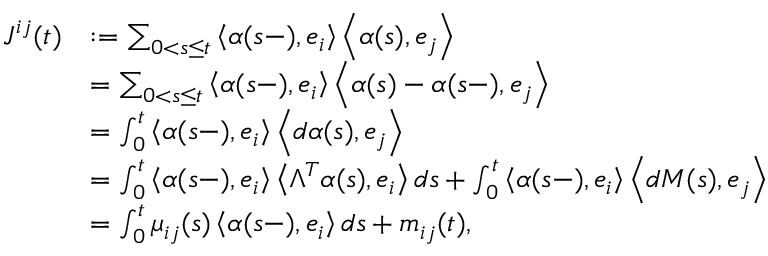
\begin{array} { r l } { J ^ { i j } ( t ) } & { : = \sum _ { 0 < s \leq t } \left\langle \alpha ( s - ) , e _ { i } \right\rangle \left\langle \alpha ( s ) , e _ { j } \right\rangle } \\ & { = \sum _ { 0 < s \leq t } \left\langle \alpha ( s - ) , e _ { i } \right\rangle \left\langle \alpha ( s ) - \alpha ( s - ) , e _ { j } \right\rangle } \\ & { = \int _ { 0 } ^ { t } \left\langle \alpha ( s - ) , e _ { i } \right\rangle \left\langle d \alpha ( s ) , e _ { j } \right\rangle } \\ & { = \int _ { 0 } ^ { t } \left\langle \alpha ( s - ) , e _ { i } \right\rangle \left\langle \Lambda ^ { T } \alpha ( s ) , e _ { i } \right\rangle d s + \int _ { 0 } ^ { t } \left\langle \alpha ( s - ) , e _ { i } \right\rangle \left\langle d M ( s ) , e _ { j } \right\rangle } \\ & { = \int _ { 0 } ^ { t } \mu _ { i j } ( s ) \left\langle \alpha ( s - ) , e _ { i } \right\rangle d s + m _ { i j } ( t ) , } \end{array}